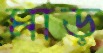
মাড়